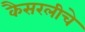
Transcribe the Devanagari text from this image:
कैसरलीचे